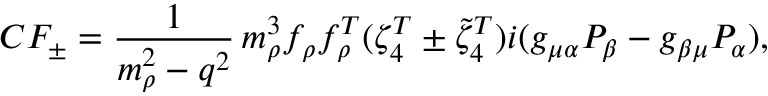
C F _ { \pm } = \frac { 1 } { m _ { \rho } ^ { 2 } - q ^ { 2 } } \, m _ { \rho } ^ { 3 } f _ { \rho } f _ { \rho } ^ { T } ( \zeta _ { 4 } ^ { T } \pm \widetilde { \zeta } _ { 4 } ^ { T } ) i ( g _ { \mu \alpha } P _ { \beta } - g _ { \beta \mu } P _ { \alpha } ) ,